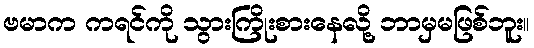
ဗမာက ကရင်ကို သွားကြိုးစားနေလို့ ဘာမှမဖြစ်ဘူး။